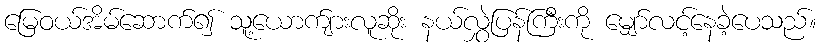
မြေဝယ်အိမ်ဆောက်၍ သူ့ယောက်ျားလူဆိုး နယ်လွှဲပြန်ကြီးကို မျှော်လင့်နေခဲ့ပေသည်။